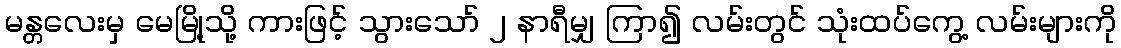
မန္တလေးမှ မေမြို့သို့ ကားဖြင့် သွားသော် ၂ နာရီမျှ ကြာ၍ လမ်းတွင် သုံးထပ်ကွေ့ လမ်းများကို